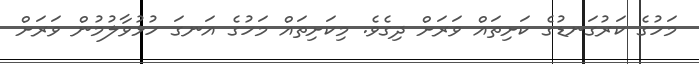
މަހުގެ ކަރުގަނޑުގެ ކަށިތައް ވަރަށް ދިގެވެ. މިކަށިތައް މަހުގެ އަނގަ ހުޅުވާލުމުން ވަރަށް